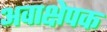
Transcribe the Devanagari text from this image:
अवाक्षेपक